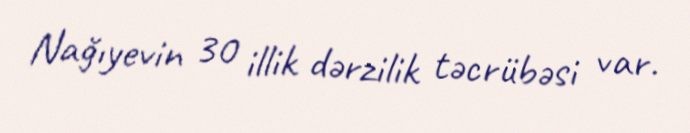
Nağıyevin 30 illik dərzilik təcrübəsi var.